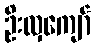
ဦးလှကျော်